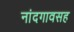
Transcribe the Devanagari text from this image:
नांदगावसह